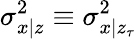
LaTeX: \sigma_{x|z}^{2}\equiv\sigma_{x|z_{\tau}}^{2}